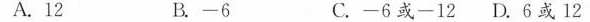
A. 12 B. -6 C. -6或-12 D. 6或12